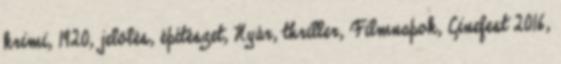
krimi, 1920, jelölés, építészet, Nyár, thriller, Filmnapok, Cinefest 2016,